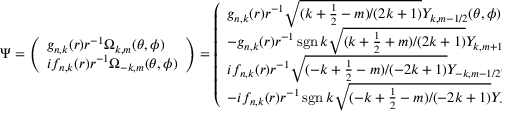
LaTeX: \Psi = { \left( \begin{array} { l } { g _ { n , k } ( r ) r ^ { - 1 } \Omega _ { k , m } ( \theta , \phi ) } \\ { i f _ { n , k } ( r ) r ^ { - 1 } \Omega _ { - k , m } ( \theta , \phi ) } \end{array} \right) } = { \left( \begin{array} { l } { g _ { n , k } ( r ) r ^ { - 1 } { \sqrt { ( k + { \frac { 1 } { 2 } } - m ) / ( 2 k + 1 ) } } Y _ { k , m - 1 / 2 } ( \theta , \phi ) } \\ { - g _ { n , k } ( r ) r ^ { - 1 } \operatorname { s g n } k { \sqrt { ( k + { \frac { 1 } { 2 } } + m ) / ( 2 k + 1 ) } } Y _ { k , m + 1 / 2 } ( \theta , \phi ) } \\ { i f _ { n , k } ( r ) r ^ { - 1 } { \sqrt { ( - k + { \frac { 1 } { 2 } } - m ) / ( - 2 k + 1 ) } } Y _ { - k , m - 1 / 2 } ( \theta , \phi ) } \\ { - i f _ { n , k } ( r ) r ^ { - 1 } \operatorname { s g n } k { \sqrt { ( - k + { \frac { 1 } { 2 } } - m ) / ( - 2 k + 1 ) } } Y _ { - k , m + 1 / 2 } ( \theta , \phi ) } \end{array} \right) }